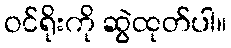
ဝင်ရိုးကို ဆွဲထုတ်ပါ။